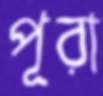
পূরা